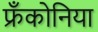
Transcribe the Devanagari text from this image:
फ्रँकोनिया